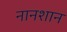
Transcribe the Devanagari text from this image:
नानशान